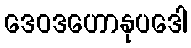
ဒေဝဒဟောနုပဒေါ